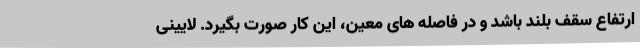
ارتفاع سقف بلند باشد و در فاصله های معین، این کار صورت بگیرد. لایینی